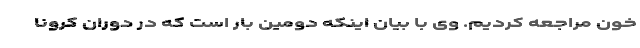
خون مراجعه کردیم. وی با بیان اینکه دومین بار است که در دوران کرونا